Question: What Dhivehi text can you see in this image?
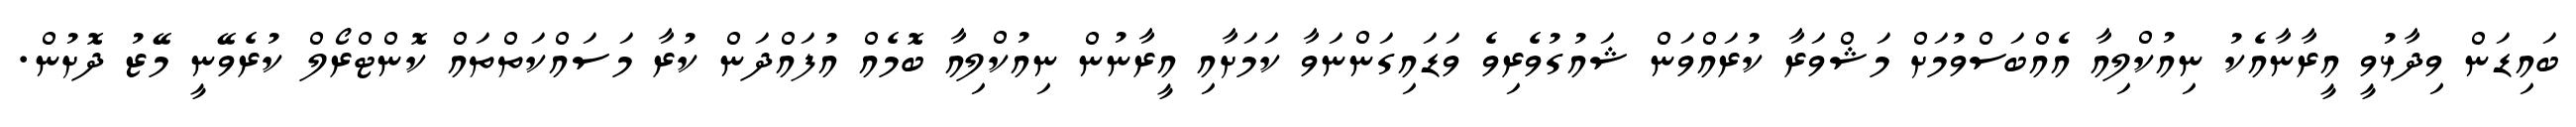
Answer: ބައިޑަން ވިދާޅުވީ އީރާނާއެކު ނިއުކްލިއާ އެއްބަސްވުމަށް މަޝްވަރާ ކުރައްވަން ޝައުގުވެރިވެ ވަޑައިގަންނަވާ ކަމަށާއި އީރާނުން ނިއުކްލިއާ ބޮމެއް އުފައްދަން ކުރާ މަސައްކަތްތައް ކޮންޓްރޯލް ކުރެވޭނީ މޭޒު ދޮށުން.